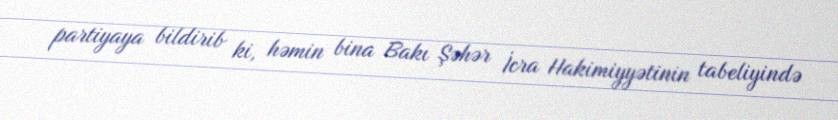
partiyaya bildirib ki, həmin bina Bakı Şəhər İcra Hakimiyyətinin tabeliyində